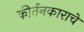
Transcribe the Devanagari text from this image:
कीर्तनकाराचे